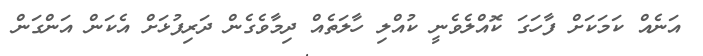
އަނެއް ކަމަކަށް ފާހަގަ ކޮއްލެވެނީ ކުއްލި ހާލަތެއް ދިމާވެގެން ދަރިފުޅަށް އެކަން އަންގަން